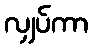
လျှပ်ကာ